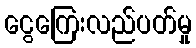
ငွေကြေးလည်ပတ်မှု